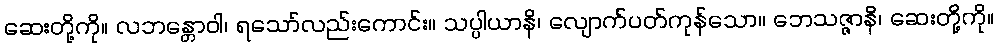
ဆေးတို့ကို။ လဘန္တောဝါ၊ ရသော်လည်းကောင်း။ သပ္ပါယာနိ၊ လျောက်ပတ်ကုန်သော။ ဘေသဇ္ဇာနိ၊ ဆေးတို့ကို။